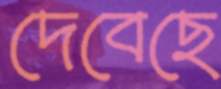
দেবেছে